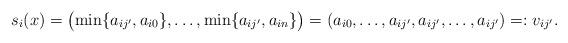
LaTeX: \begin{align*}s_{i}(x) = \bigl(\min\{a_{ij'}, a_{i0}\}, \ldots, \min\{a_{ij'}, a_{in}\}\bigr) = (a_{i0}, \ldots, a_{ij'}, a_{ij'}, \ldots, a_{ij'})=:v_{ij'}.\end{align*}